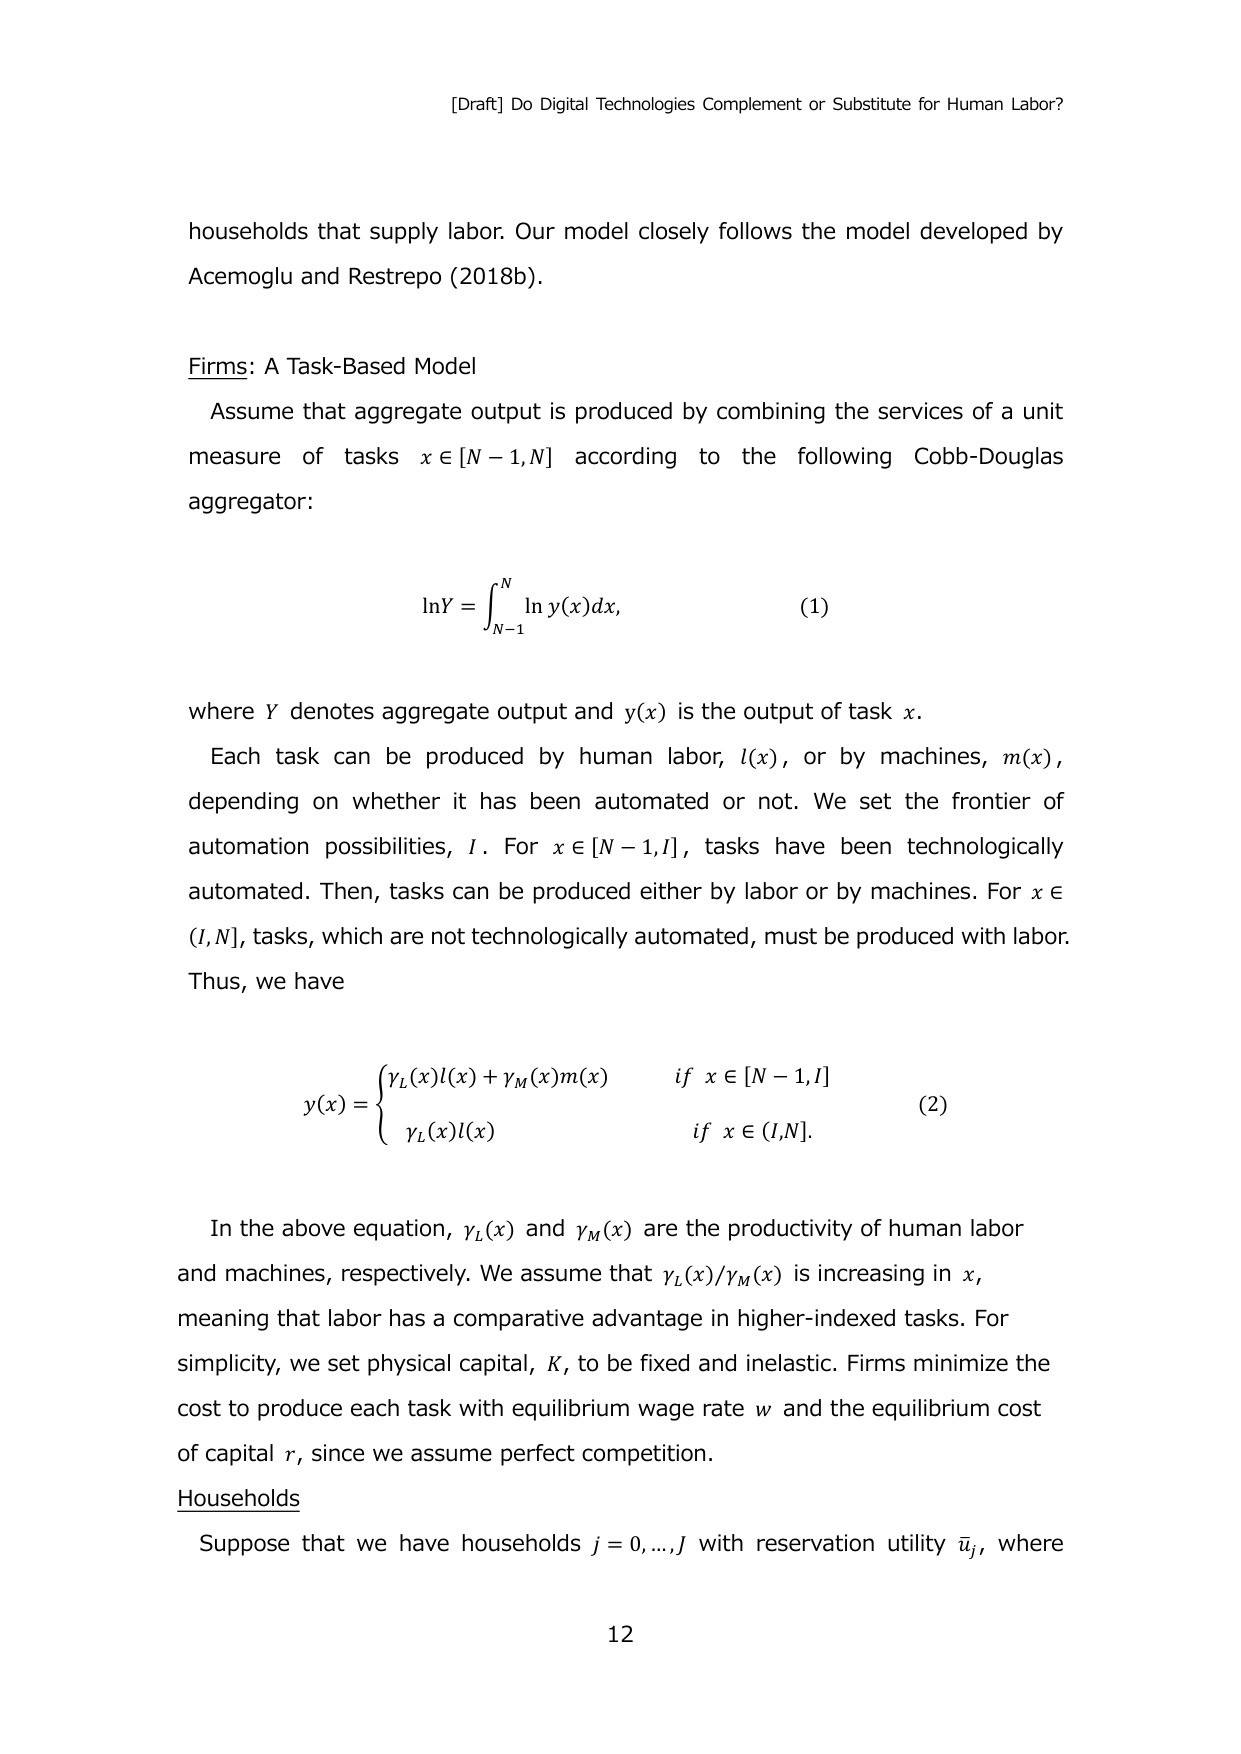
[Draft] Do Digital Technologies Complement or Substitute for Human Labor?

households that supply labor. Our model closely follows the model developed by Acemoglu and Restrepo (2018b).

Firms: A Task-Based Model
Assume that aggregate output is produced by combining the services of a unit measure of tasks x ∈ [N−1,N] according to the following Cobb-Douglas aggregator:

lnY = ∫_{N−1}^{N} ln y(x) dx,  (1)

where Y denotes aggregate output and y(x) is the output of task x.

Each task can be produced by human labor, l(x), or by machines, m(x), depending on whether it has been automated or not. We set the frontier of automation possibilities, I. For x ∈ [N−1,I], tasks have been technologically automated. Then, tasks can be produced either by labor or by machines. For x ∈ (I,N], tasks, which are not technologically automated, must be produced with labor. Thus, we have

y(x) = { γ_L(x)l(x) + γ_M(x)m(x)   if x ∈ [N−1,I]
        { γ_L(x)l(x)               if x ∈ (I,N].  (2)

In the above equation, γ_L(x) and γ_M(x) are the productivity of human labor and machines, respectively. We assume that γ_L(x)/γ_M(x) is increasing in x, meaning that labor has a comparative advantage in higher-indexed tasks. For simplicity, we set physical capital, K, to be fixed and inelastic. Firms minimize the cost to produce each task with equilibrium wage rate w and the equilibrium cost of capital r, since we assume perfect competition.

Households
Suppose that we have households j = 0,...,J with reservation utility ū_j, where

12